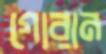
গোরান